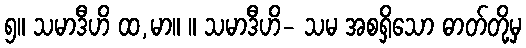
၅။ သမာဒီဟိ ထ,မာ။ ။ သမာဒီဟိ- သမ အစရှိသော ဓာတ်တို့မှ